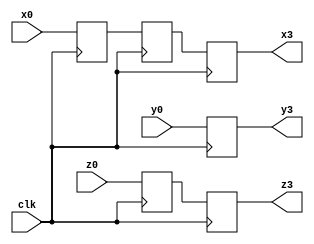
// Listing 7.20
module exp1
   (
    input wire clk,
    input wire x0, y0, z0,
    output reg x3, y3, z3
   );

   reg x1, x2, y1, y2, z1, z2;
   // attempt 1
   always @(posedge clk)
   begin
      x1 <= x0;
      x2 <= x1;
      x3 <= x2;
   end

   // attempt 2
   always @(posedge clk)
   begin
      y1 = y0;
      y2 = y1;
      y3 = y2;
   end
   

   // attempt 3
   always @(posedge clk)
   begin
      z1 = z0;
      z3 = z2;
      z2 = z1;
   end
   
endmodule